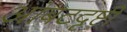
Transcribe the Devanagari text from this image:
आंबटदृष्टी